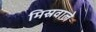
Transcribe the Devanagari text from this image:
मिस्रवाले